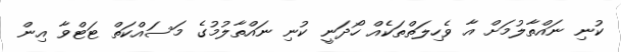
ކުނި ނައްތާލުމަށް އާ ވެހިލަތްތަކެއް ހޯދަނީ ކުނި ނައްތާލުމުގެ މަސައްކަތް ޓަޓްވާ އިން